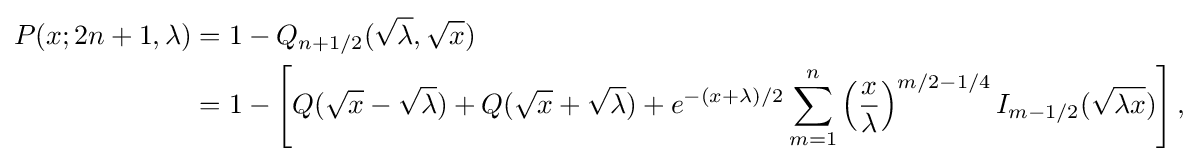
{\begin{aligned}P(x;2n+1,\lambda )&=1-Q_{n+1/2}({\sqrt {\lambda }},{\sqrt {x}})\\&=1-\left[Q({\sqrt {x}}-{\sqrt {\lambda }})+Q({\sqrt {x}}+{\sqrt {\lambda }})+e^{-(x+\lambda )/2}\sum _{m=1}^{n}\left({\frac {x}{\lambda }}\right)^{m/2-1/4}I_{m-1/2}({\sqrt {\lambda x}})\right],\end{aligned}}